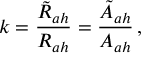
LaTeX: k = \frac { { \tilde { R } } _ { a h } } { R _ { a h } } = \frac { { \tilde { A } } _ { a h } } { A _ { a h } } \, ,